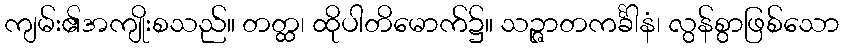
ကျမ်း၏အကျိုးစသည်။ တတ္ထ၊ ထိုပါတိမောက်၌။ သဉ္ဇာတကင်္ခါနံ၊ လွန်စွာဖြစ်သော